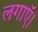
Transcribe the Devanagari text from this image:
लगाऍ।